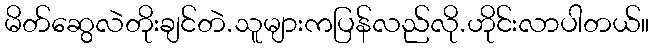
မိတ်ဆွေလဲတိုးချင်တဲ.သူများကပြန်လည်လို.ဟိုင်းလာပါတယ်။